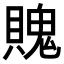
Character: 𧷛